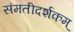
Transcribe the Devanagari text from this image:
संमतीदर्शकम्